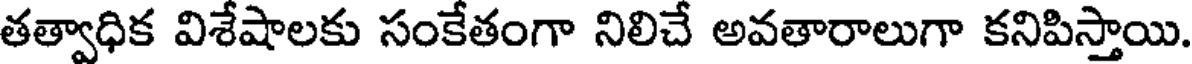
తత్వాధిక విశేషాలకు సంకేతంగా నిలిచే అవతారాలుగా కనిపిస్తాయి